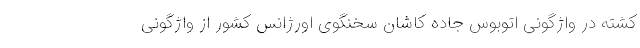
کشته در واژگونی اتوبوس جاده کاشان سخنگوی اورژانس کشور از واژگونی